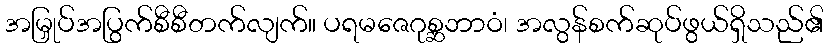
အမြှုပ်အပြွက်စီစီတက်လျက်။ ပရမဇေဂုစ္ဆဘာဝံ၊ အလွန်စက်ဆုပ်ဖွယ်ရှိသည်၏